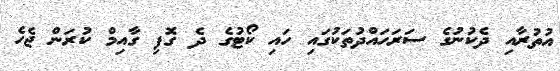
އުތުރާއި ދެކުނުގެ ސަރަހައްދުތަކުގައި ހައި ކޯޓުގެ ދެ ގޮފި ގާއިމް ކުރަން ޖެހެ